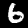
Label: 6